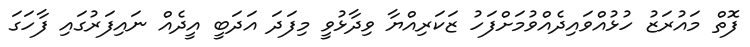
ފޮތް މައުރަޒު ހުޅުއްވައިދެއްވުމަށްފަހު ޒަކަރިއްޔާ ވިދާޅުވީ މިފަދަ އަދަބީ އީދެއް ނައިފަރުގައި ފާހަގަ